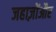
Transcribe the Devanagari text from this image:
जहाज़ोंऔर